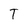
Character: T